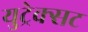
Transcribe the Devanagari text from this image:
युट्रेक्सट